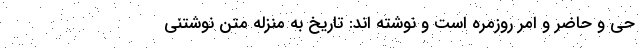
حی و حاضر و امر روزمره است و نوشته اند: تاریخ به منزله متن نوشتنی